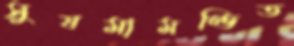
সুষমামণ্ডিত